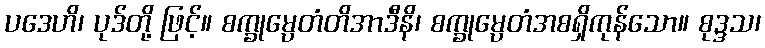
ပဒေဟိ၊ ပုဒ်တို့ ဖြင့်။ စက္ခုမ္ပေတံတိအာဒီနိ၊ စက္ခုမ္ပေတံအစရှိကုန်သော။ စုဒ္ဒသ၊